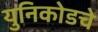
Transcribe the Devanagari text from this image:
युनिकोडचे